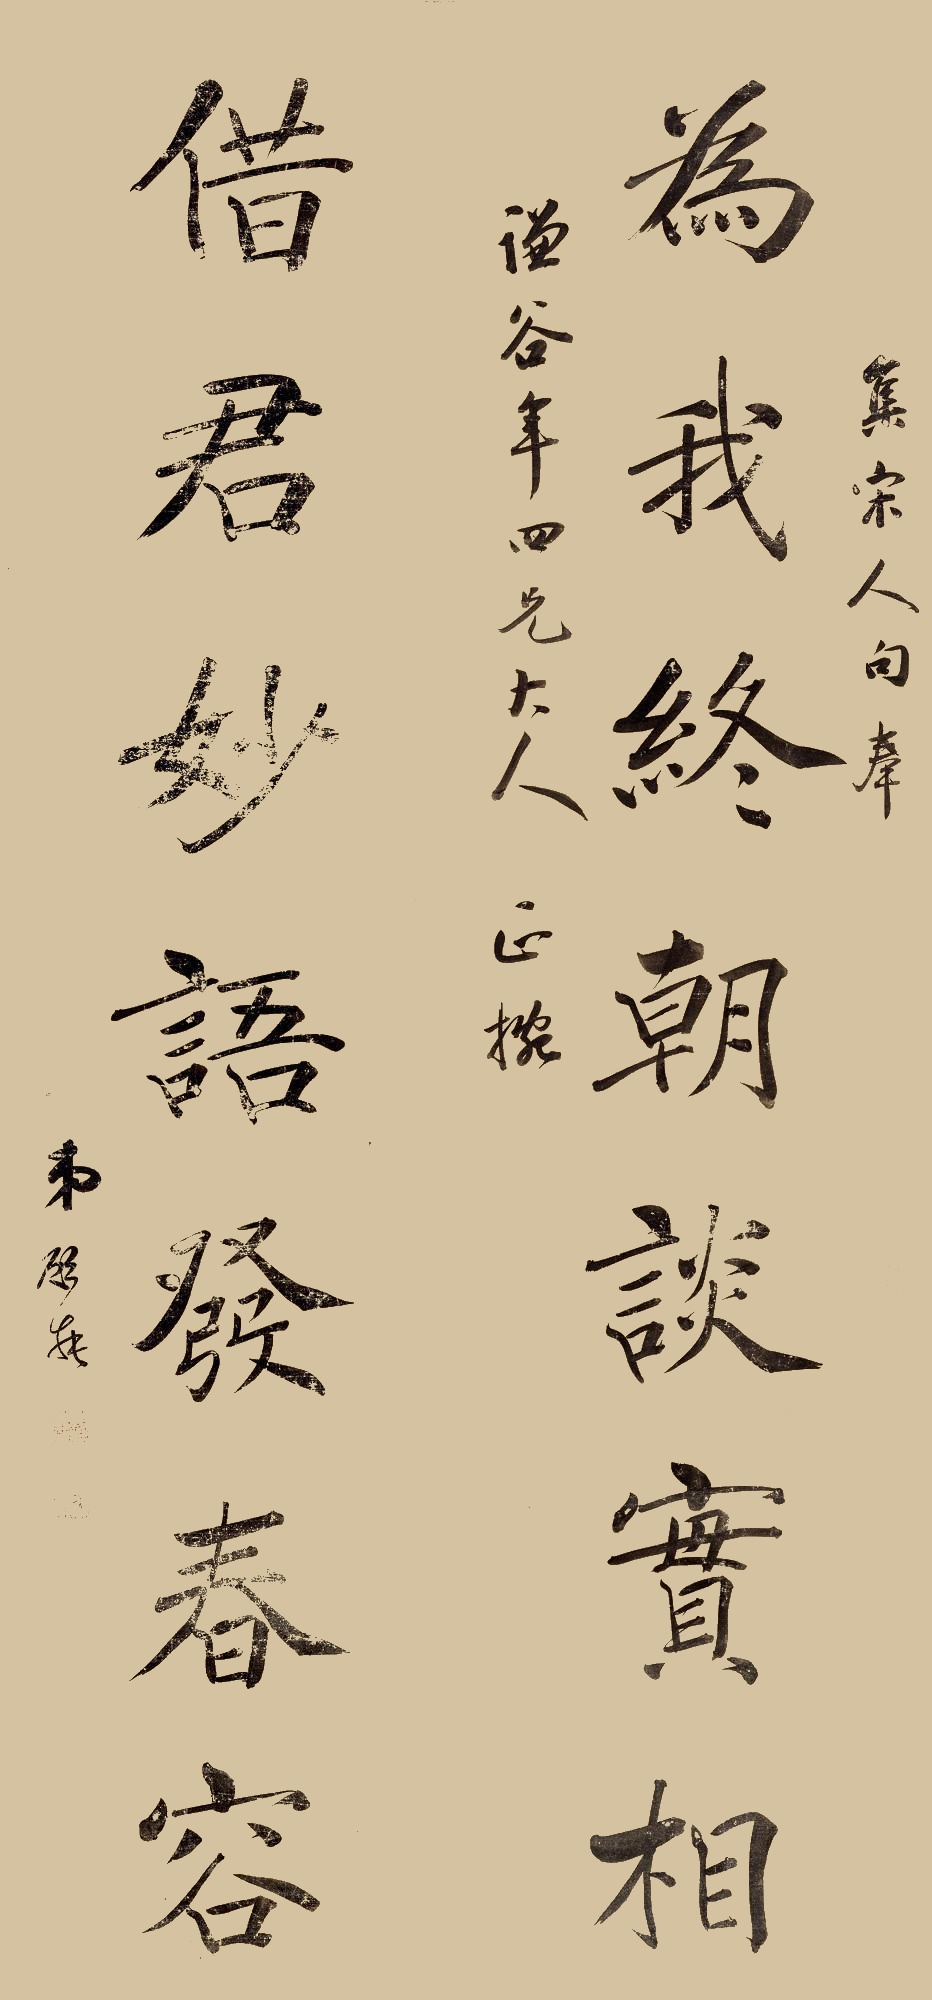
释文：为我终朝谈实相，借君妙语发春容。集宋人句，奉谦榖年四兄大人正捥，弟顾莼。